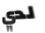
لدي